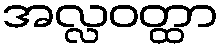
အလ္လဝတ္ထာ